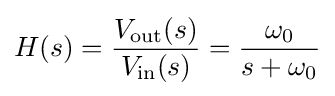
H(s)={V_{\rm {out}}(s) \over V_{\rm {in}}(s)}={\omega _{0} \over s+\omega _{0}}